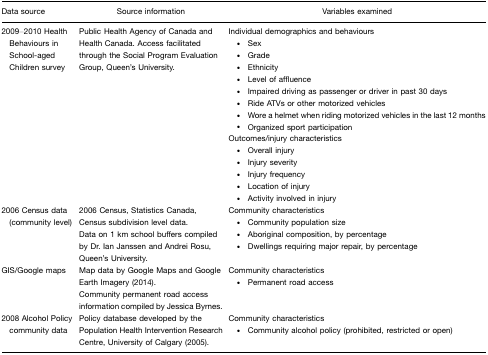
<table><thead><tr><td><b>Data source</b></td><td><b>Source information</b></td><td><b>Variables examined</b></td></tr></thead><tbody><tr><td>2009–2010 Health Behaviours in School-aged Children survey</td><td>Public Health Agency of Canada and Health Canada. Access facilitated through the Social Program Evaluation Group, Queen&#x27;s University.</td><td>Individual demographics and behaviours • Sex • Grade • Ethnicity • Level of affluence • Impaired driving as passenger or driver in past 30 days • Ride ATVs or other motorized vehicles • Wore a helmet when riding motorized vehicles in the last 12 months • Organized sport participationOutcomes/injury characteristics • Overall injury • Injury severity • Injury frequency • Location of injury • Activity involved in injury</td></tr><tr><td>2006 Census data (community level)</td><td>2006 Census, Statistics Canada, Census subdivision level data.Data on 1 km school buffers compiled by Dr. Ian Janssen and Andrei Rosu, Queen&#x27;s University.</td><td>Community characteristics • Community population size • Aboriginal composition, by percentage • Dwellings requiring major repair, by percentage</td></tr><tr><td>GIS/Google maps</td><td>Map data by Google Maps and Google Earth Imagery (2014).Community permanent road access information compiled by Jessica Byrnes.</td><td>Community characteristics • Permanent road access</td></tr><tr><td>2008 Alcohol Policy community data</td><td>Policy database developed by the Population Health Intervention Research Centre, University of Calgary (2005).</td><td>Community characteristics • Community alcohol policy (prohibited, restricted or open)</td></tr></tbody></table>